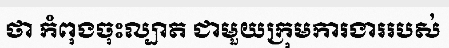
ថា កំពុងចុះល្បាត ជាមួយក្រុមការងាររបស់